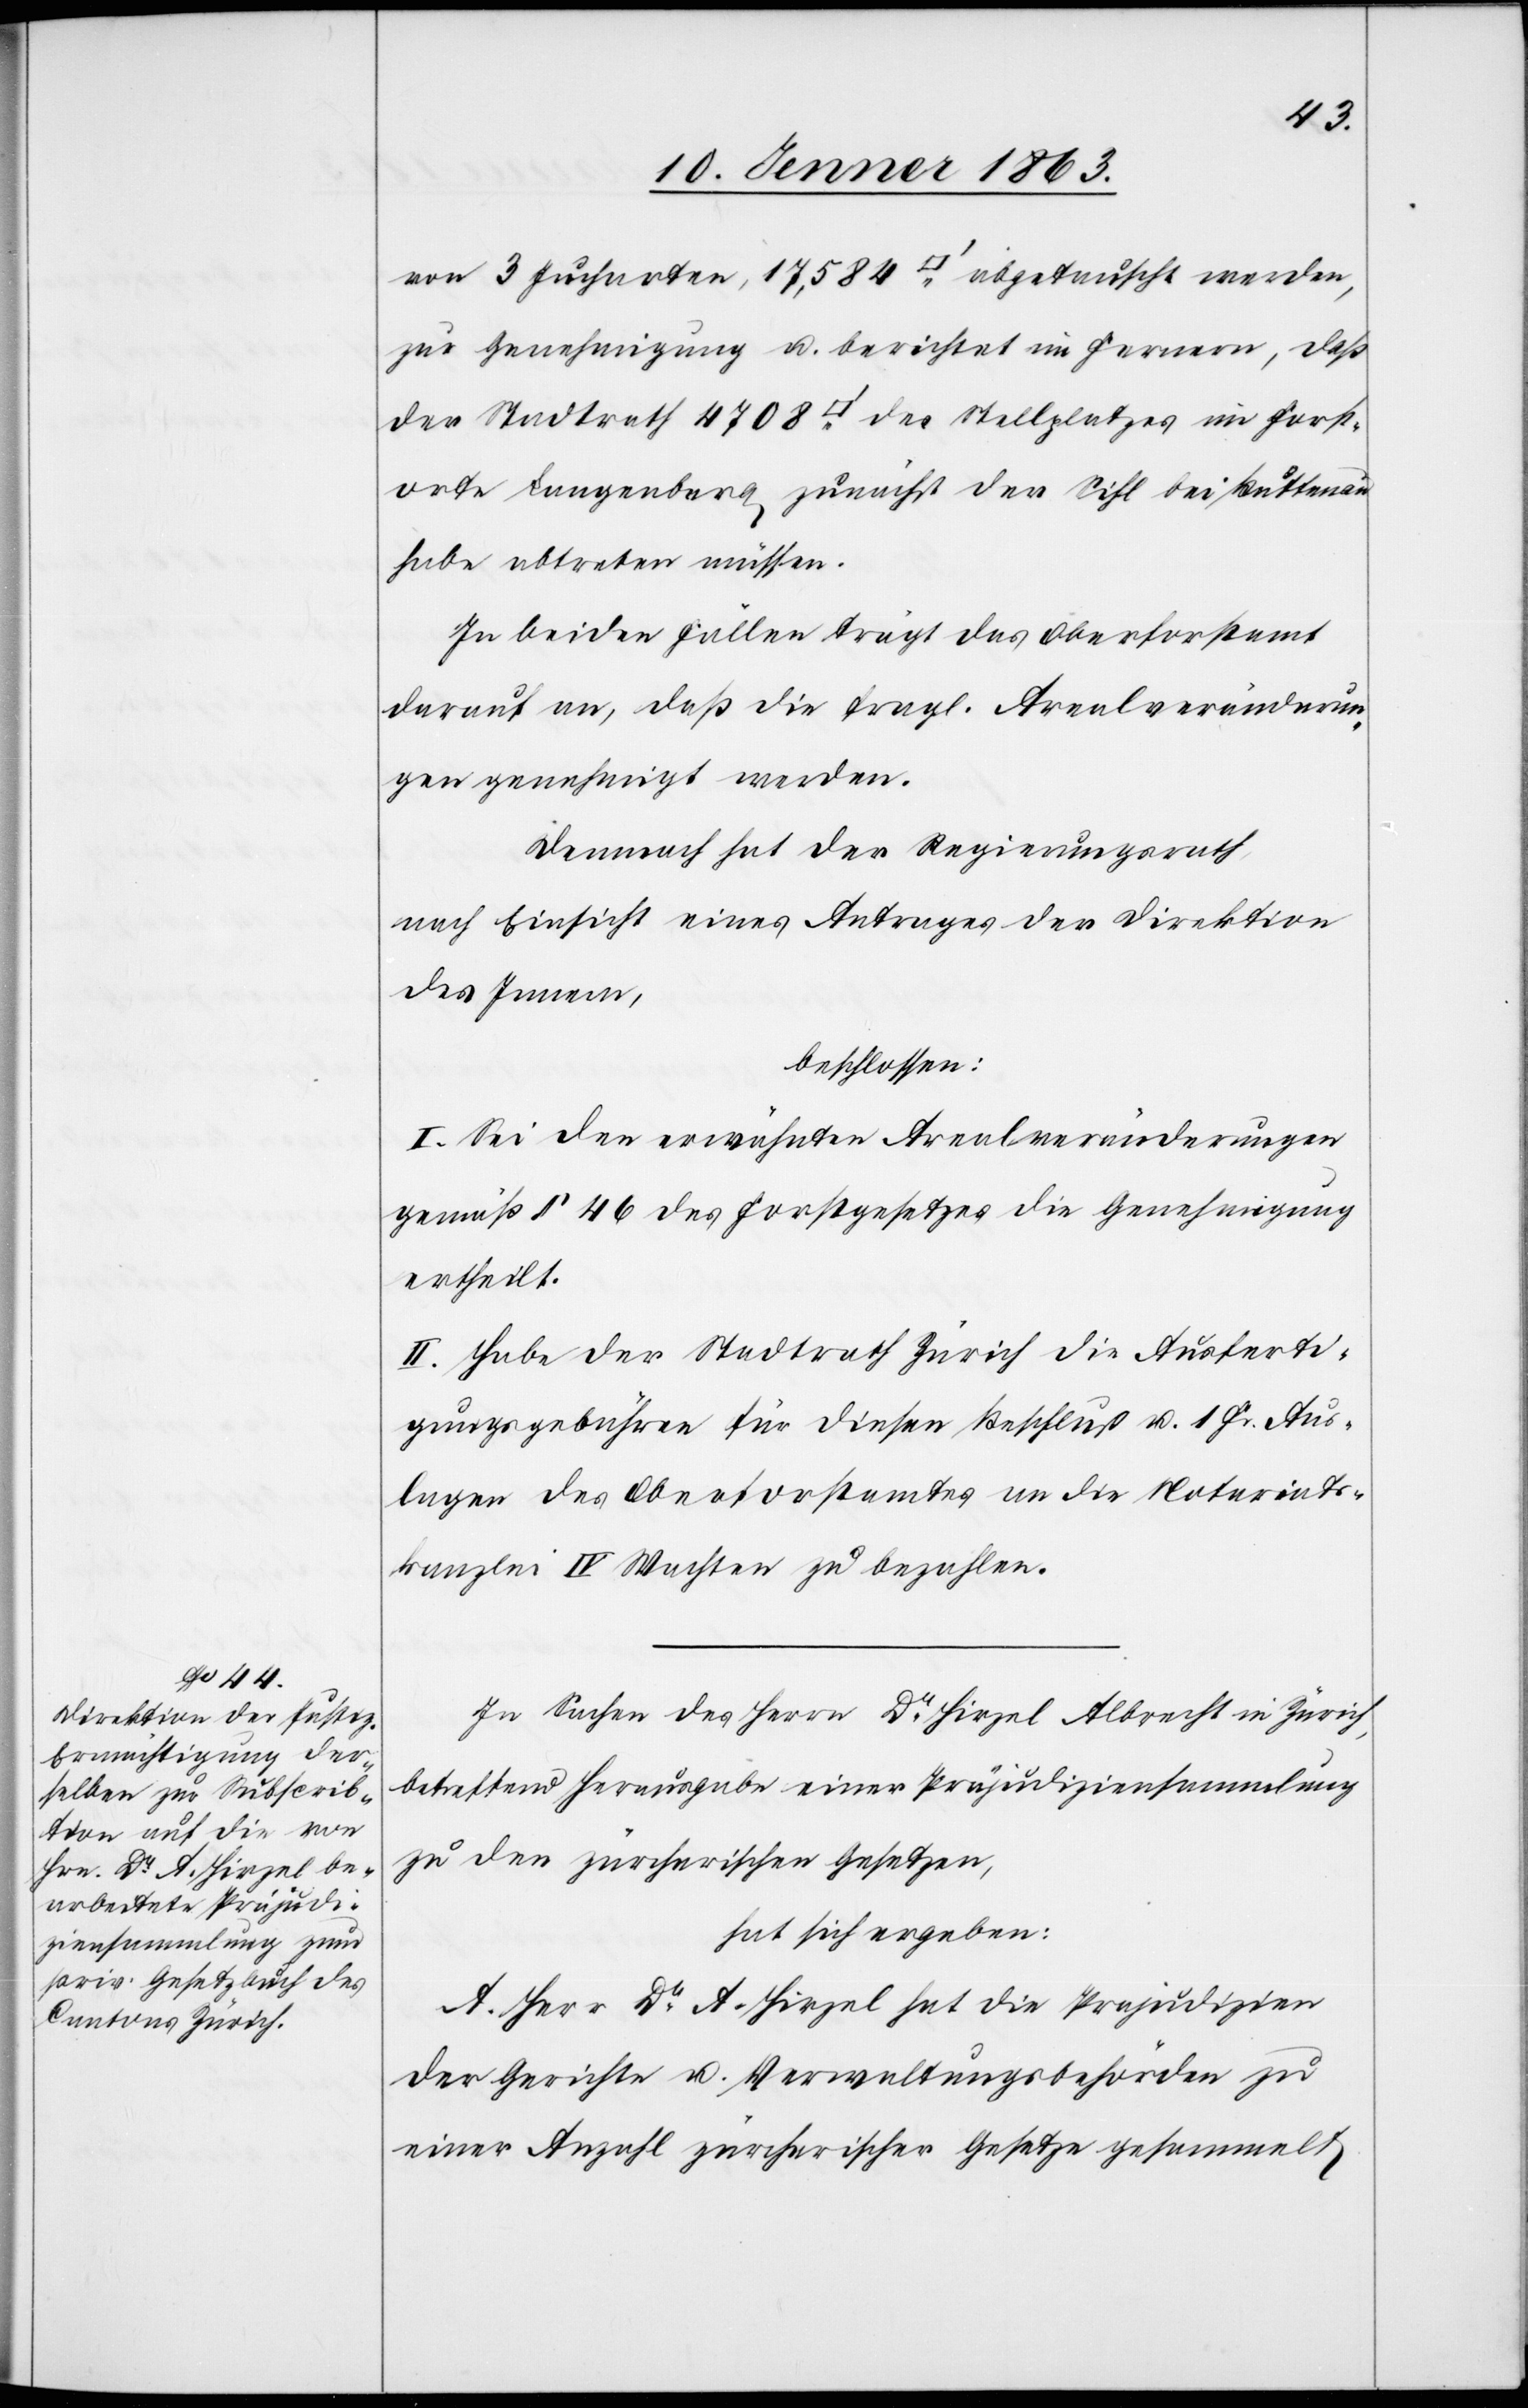
von 3 Jucharten, 17,584 [Quadratfuss] abgetauscht werden,
zur Genehmigung u. berichtet im Fernern, daß
der Stadtrath 4708 [Quadratfuss] des Stellplatzes im Forst¬
orte Langenberg zunächst der Sihl bei Buttenau
habe abtreten müssen.
In beiden Fällen trägt das Oberforstamt
darauf an, daß die fragl. Arealveränderun¬
gen genehmigt werden.
Demnach hat der Regierungsrath,
nach Einsicht eines Antrages der Direktion
des Innern,
beschlossen:
I. Sei den erwähnten Arealveränderungen
gemäß § 46 des Forstgesetzes die Genehmigung
ertheilt.
II. Habe der Stadtrath Zürich die Ausferti¬
gungsgebühren für diesen Beschluß u. 1 Fr. Aus¬
lagen des Oberforstamtes an die Notariats¬
kanzlei IV Wachten zu bezahlen.
In Sachen des Herrn Dr Hirzel in Zürich, betreffend
zu den zürcherischen Gesetzen,
hat sich ergeben:
A. Herr Dr A. Hirzel hat die Prejudizien
der Gerichte u. Verwaltungsbehörden zu
einer Anzahl zürcherischer Gesetze gesammelt